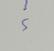
Signature authenticity: genuine